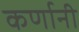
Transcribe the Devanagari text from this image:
कर्णानी